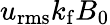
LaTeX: u_{\mathrm{rms}}k_{\mathrm{f}}B_{0}